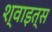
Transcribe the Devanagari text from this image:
श्वाइत्स